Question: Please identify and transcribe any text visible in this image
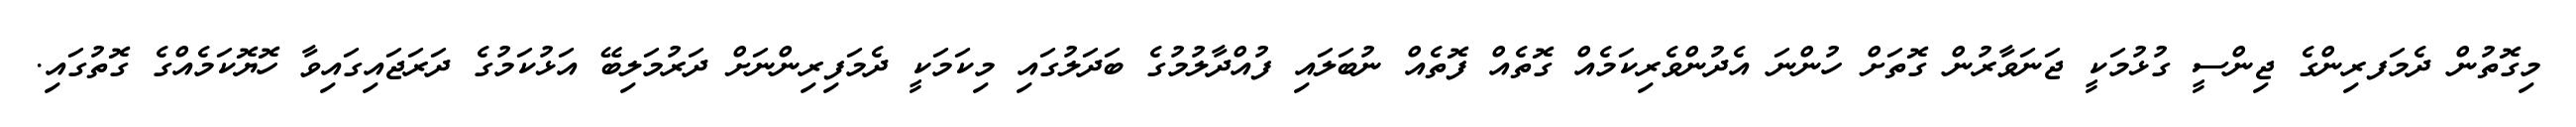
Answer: މިގޮތުން ދެމަފރިންގެ ޖިންސީ ގުޅުމަކީ ޖަނަވާރުން ގޮތަށް ހުންނަ އެދުންވެރިކަމެއް ގޮތެއް ފޮތެއް ނުބަލައި ފުއްދާލުމުގެ ބަދަލުގައި މިކަމަކީ ދެމަފިރިންނަށް ދަރުމަލިބޭ އަޅުކަމުގެ ދަރަޖައިގައިވާ ހޮޔޮކަމެއްގެ ގޮތުގައި.